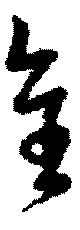
全